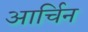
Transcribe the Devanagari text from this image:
आर्चिन